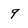
Character: 9